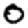
Digit: 0